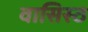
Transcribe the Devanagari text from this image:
वासिस्ठ